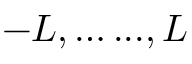
- L , \dots . . . , L